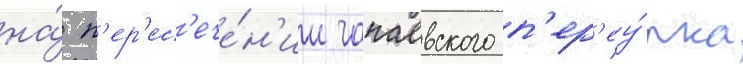
на́ п'ер'ес'ече́н'ии чапаевского п'ер'еу́лка